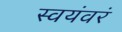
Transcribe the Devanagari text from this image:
स्वयंवरं